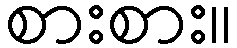
စားစား။